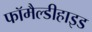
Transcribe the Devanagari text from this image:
फॉमैल्डीहाइड